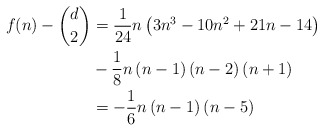
\begin{align*}f(n)-\binom{d}{2} & =\frac{1}{24}n\left( 3n^{3}-10n^{2}+21n-14\right) \\& -\allowbreak\frac{1}{8}n\left( n-1\right) \left( n-2\right) \left(n+1\right) \\& =\allowbreak-\frac{1}{6}n\left( n-1\right) \left( n-5\right)\end{align*}